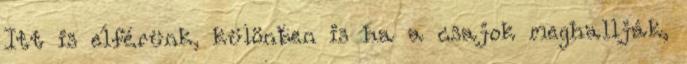
Itt is elférünk, különben is ha a csajok meghallják,